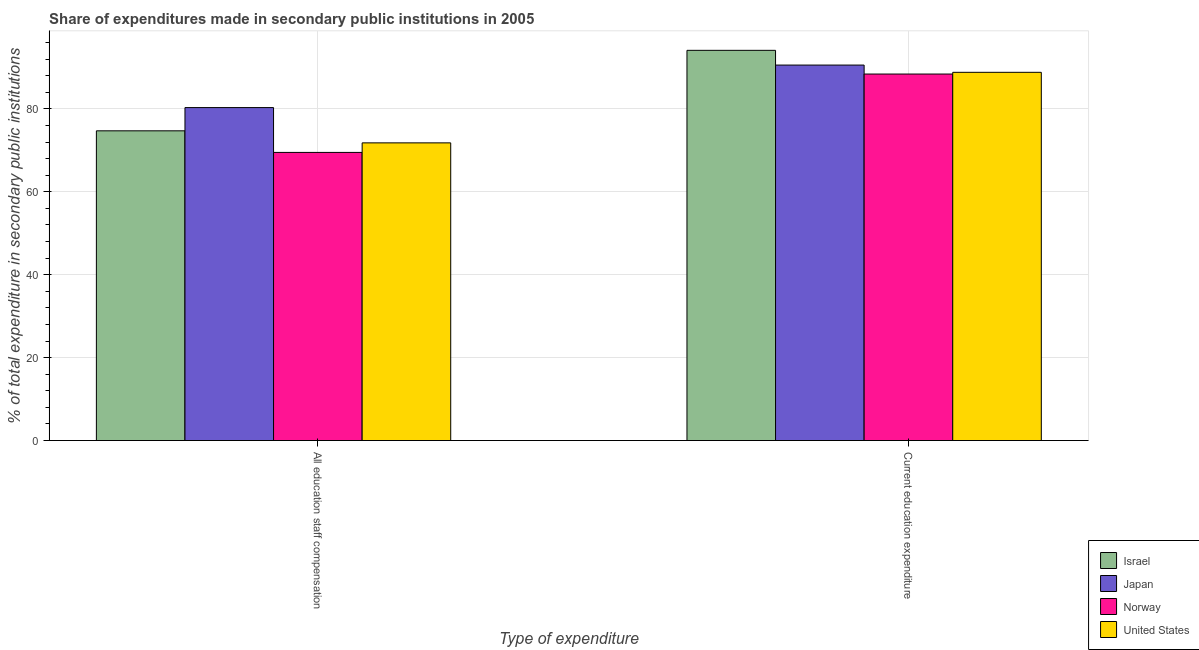
| Type of expenditure | Israel | Japan | Norway | United States |
 | --- | --- | --- | --- | --- |
 | All education staff compensation | 74.7 | 80.3 | 69.5 | 71.8 |
 | Current education expenditure | 94.1 | 90.6 | 88.4 | 88.8 |